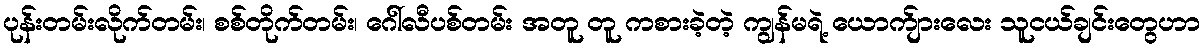
ပုန်းတမ်းလိုက်တမ်း၊ စစ်တိုက်တမ်း၊ ဂေါ်လီပစ်တမ်း အတူ တူ ကစားခဲ့တဲ့ ကျွန်မရဲ့ ယောက်ျားလေး သူငယ်ချင်းတွေဟာ